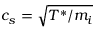
c _ { s } = \sqrt { T ^ { * } / m _ { i } }